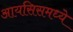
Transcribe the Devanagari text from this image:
आयसिसमध्ये